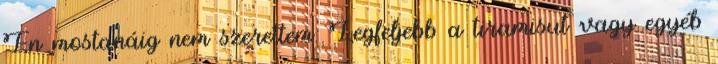
Én mostanáig nem szerettem. Legfeljebb a tiramisut vagy egyéb